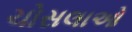
ચોસલાઓ